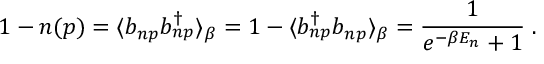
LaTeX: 1 - n ( p ) = \langle b _ { n p } b _ { n p } ^ { \dag } \rangle _ { \beta } = 1 - \langle b _ { n p } ^ { \dag } b _ { n p } \rangle _ { \beta } = \frac { 1 } { e ^ { - \beta E _ { n } } + 1 } \; .